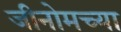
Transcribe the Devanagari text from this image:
जीनोमच्या